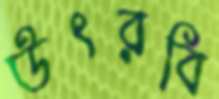
উৎরবি